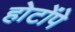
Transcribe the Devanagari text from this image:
होटोंपे